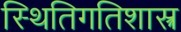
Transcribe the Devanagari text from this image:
स्थितिगतिशास्त्र